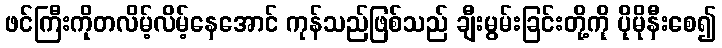
ဖင်ကြီးကိုတလိမ့်လိမ့်နေအောင် ကုန်သည်ဖြစ်သည် ချီးမွမ်းခြင်းတို့ကို ပိုမိုနီးစေ၍